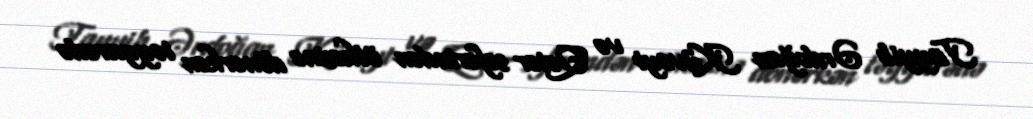
Tayyib Ərdoğan Küveyt və Qətər səfərindən ölkəsinə dönərkən təyyarədə